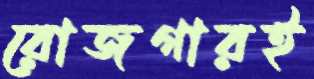
রোজগারই